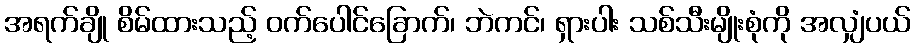
အရက်ချို စိမ်ထားသည့် ဝက်ပေါင်ခြောက်၊ ဘဲကင်၊ ရှားပါး သစ်သီးမျိုးစုံကို အလျှံပယ်